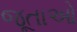
જૂતાઓ